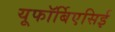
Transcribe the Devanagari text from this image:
यूफॉर्बिएसिई